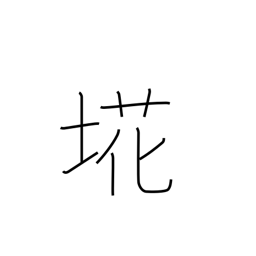
Meaning: refuse